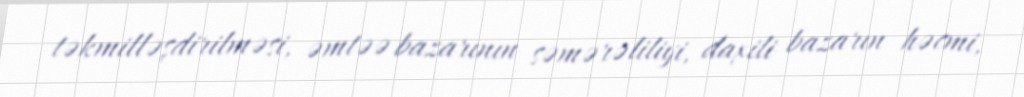
təkmilləşdirilməsi, əmtəə bazarının səmərəliliyi, daxili bazarın həcmi,